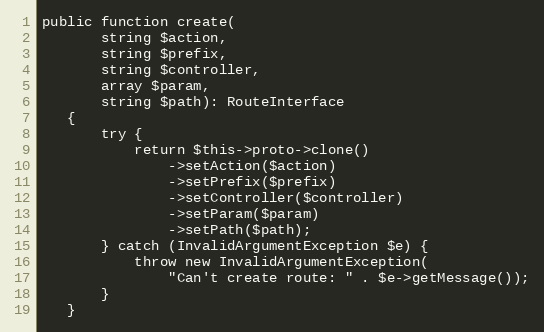
Language: PHP
public function create(
       string $action,
       string $prefix,
       string $controller,
       array $param,
       string $path): RouteInterface
   {
       try {
           return $this->proto->clone()
               ->setAction($action)
               ->setPrefix($prefix)
               ->setController($controller)
               ->setParam($param)
               ->setPath($path);
       } catch (InvalidArgumentException $e) {
           throw new InvalidArgumentException(
               "Can't create route: " . $e->getMessage());
       }
   }